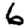
Digit: 6